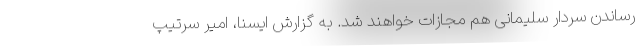
رساندن سردار سلیمانی هم مجازات خواهند شد. به گزارش ایسنا، امیر سرتیپ